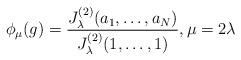
LaTeX: \begin{align*} \phi_\mu(g)= \frac{J_\lambda^{(2)}(a_1,\ldots, a_N)}{J_\lambda^{(2)}(1,\ldots, 1)}, \mu=2\lambda \end{align*}